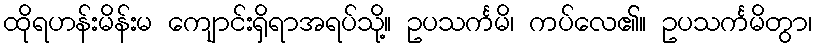
ထိုရဟန်းမိန်းမ ကျောင်းရှိရာအရပ်သို့။ ဥပသင်္ကမိ၊ ကပ်လေ၏။ ဥပသင်္ကမိတွာ၊